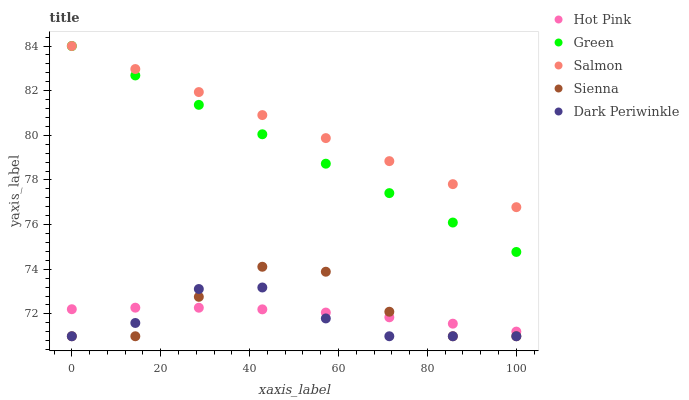
| xaxis_label | Hot Pink | Green | Salmon | Sienna | Dark Periwinkle |
 | --- | --- | --- | --- | --- | --- |
 | 0 | 72.2 | 84 | 84 | 71 | 71 |
 | 14.3 | 72.3 | 82.7 | 83 | 71 | 71.6 |
 | 28.6 | 72.3 | 81.4 | 81.9 | 72.8 | 73.1 |
 | 42.9 | 72.2 | 80 | 80.9 | 74.1 | 73.2 |
 | 57.1 | 72.1 | 78.7 | 79.9 | 73.9 | 71.8 |
 | 71.4 | 71.8 | 77.4 | 78.8 | 72.1 | 71 |
 | 85.7 | 71.6 | 76.1 | 77.8 | 71 | 71 |
 | 100 | 71.2 | 74.8 | 76.8 | 71 | 71 |